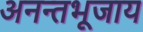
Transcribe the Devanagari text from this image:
अनन्तभूजाय